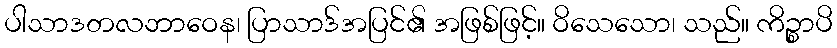
ပါသာဒတလဘာဝေန၊ ပြာသာဒ်အပြင်၏ အဖြစ်ဖြင့်။ ဝိသေသော၊ သည်။ ကိဉ္စာပိ